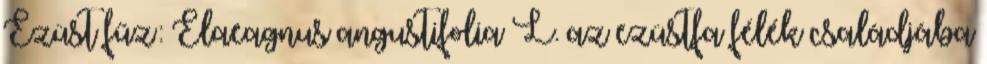
Ezüst fűz: Elaeagnus angustifolia L. az ezüstfa félék családjába